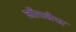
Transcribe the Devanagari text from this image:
जॉरजेस